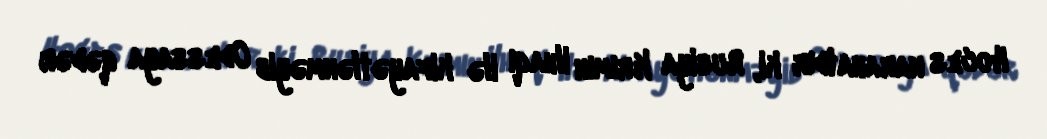
Hoces narahatdır ki, Rusiya Krımın ilhaqı ilə kifayətlənməyib Odessaya qədər